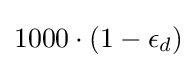
1000\cdot (1-\epsilon _{d})